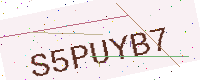
Text: S5PUYB7